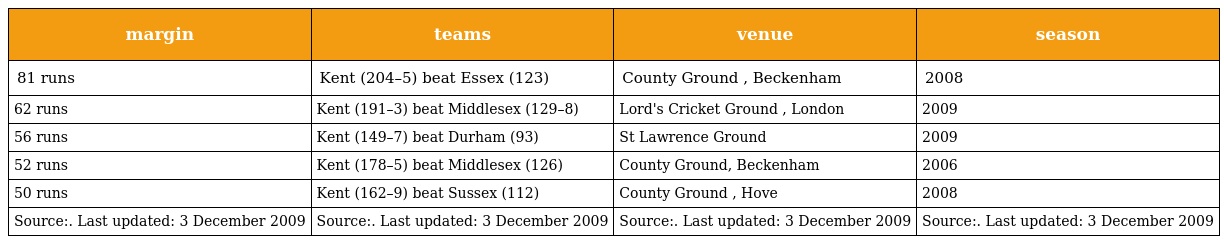
| margin | teams | venue | season |
 | --- | --- | --- | --- |
 | 81 runs | Kent (204–5) beat Essex (123) | County Ground , Beckenham | 2008 |
 | 62 runs | Kent (191–3) beat Middlesex (129–8) | Lord's Cricket Ground , London | 2009 |
 | 56 runs | Kent (149–7) beat Durham (93) | St Lawrence Ground | 2009 |
 | 52 runs | Kent (178–5) beat Middlesex (126) | County Ground, Beckenham | 2006 |
 | 50 runs | Kent (162–9) beat Sussex (112) | County Ground , Hove | 2008 |
 | Source:. Last updated: 3 December 2009 | Source:. Last updated: 3 December 2009 | Source:. Last updated: 3 December 2009 | Source:. Last updated: 3 December 2009 |